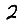
Digit: 2